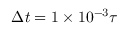
\Delta t = 1 \times 1 0 ^ { - 3 } \tau